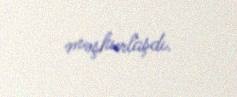
məşhurlaşdı.